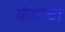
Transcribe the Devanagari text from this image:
कंदांची